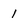
Character: 1